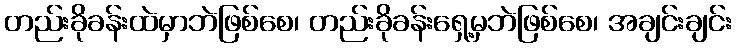
တည်းခိုခန်းထဲမှာဘဲဖြစ်စေ၊ တည်းခိုခန်းရှေ့မှဘဲဖြစ်စေ၊ အချင်းချင်း